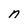
Character: n